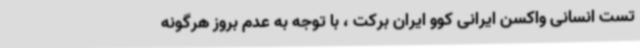
تست انسانی واکسن ایرانی کوو ایران برکت ، با توجه به عدم بروز هرگونه